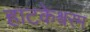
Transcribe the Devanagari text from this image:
हाटकेश्वरम